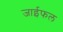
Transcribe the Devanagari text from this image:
जाईफल